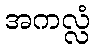
အကလ္လံ